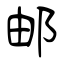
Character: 邮